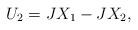
LaTeX: \begin{align*}U_2=JX_1-JX_2,\end{align*}